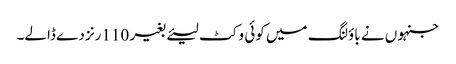
جنہوں نے باؤلنگ میں کوئی وکٹ لیئے بغیر 110رنز دے ڈالے۔